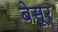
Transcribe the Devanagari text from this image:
बेसूर